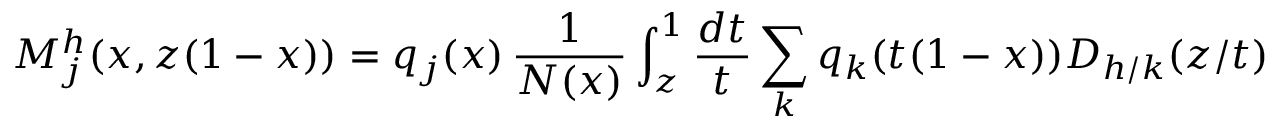
M _ { j } ^ { h } ( x , z ( 1 - x ) ) = q _ { j } ( x ) \, \frac { 1 } { N ( x ) } \int _ { z } ^ { 1 } \frac { d t } { t } \sum _ { k } q _ { k } ( t ( 1 - x ) ) D _ { h / k } ( z / t )